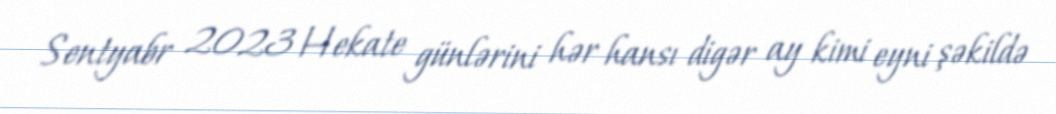
Sentyabr 2023 Hekate günlərini hər hansı digər ay kimi eyni şəkildə